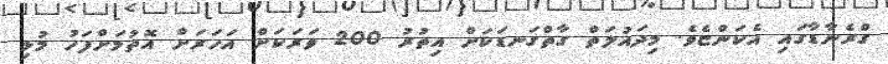
ގްރެނާޑާގައި އެކަންޏެވެ. މިދައުލަތް ގާތްގަނޑަކަށް އިތުރު 200 ވަރަކަށް އަހަރަށް އޮތުމަށްފަހު މުޅި